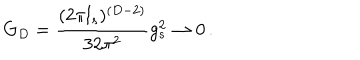
LaTeX: G _ { D } = { \frac { ( { 2 \pi l _ { s } } ) ^ { ( D - 2 ) } } { 3 2 \pi ^ { 2 } } } g _ { s } ^ { 2 } \rightarrow 0 \, .